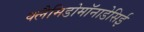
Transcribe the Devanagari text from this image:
क्लैमिडोमॉनाडेसिई